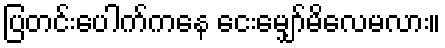
ပြတင်းပေါက်ကနေ ငေးမျှော်မိလေမလား။